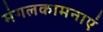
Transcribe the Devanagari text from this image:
मंगलकामनाएं